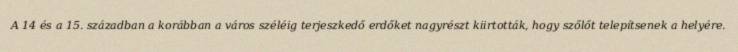
A 14 és a 15. században a korábban a város széléig terjeszkedő erdőket nagyrészt kiirtották, hogy szőlőt telepítsenek a helyére.